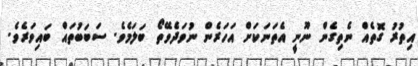
އިތުރު ގޮތެއް ނެތިގެން ނޫނީ އެތަނަކަށް އަހަރެން ނުވަދެވޭތޯ ބަލަމެވެ. ސަބަބުތައް ބައިވަރެވެ.